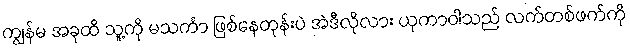
ကျွန်မ အခုထိ သူ့ကို မသင်္ကာ ဖြစ်နေတုန်းပဲ အဲဒီလိုလား ယုကာဝါသည် လက်တစ်ဖက်ကို